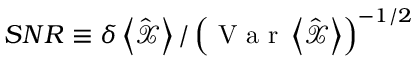
S N R \equiv \delta \left< \hat { \mathcal X } \right> / \left( \mathrm { ~ V ~ a ~ r ~ } \left< \hat { \mathcal X } \right> \right) ^ { - 1 / 2 }